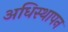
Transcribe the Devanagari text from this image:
अधिस्थापन